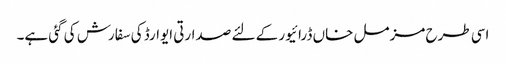
اسی طرح مزمل خاں ڈرائیور کے لئے صدارتی ایوارڈ کی سفارش کی گئی ہے۔